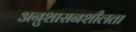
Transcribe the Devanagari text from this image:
अनुशासनशीलता